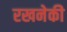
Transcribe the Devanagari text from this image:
रखनेकी